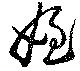
姪